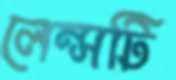
লেন্সটি